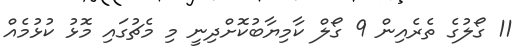
11 ގޯލުގެ ތެރެއިން 9 ގޯލް ކާމިޔާބުކޮށްދިނީ މި މެޗުގައި މޮޅު ކުޅުމެއް